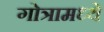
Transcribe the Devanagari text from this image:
गोत्रामध्ये